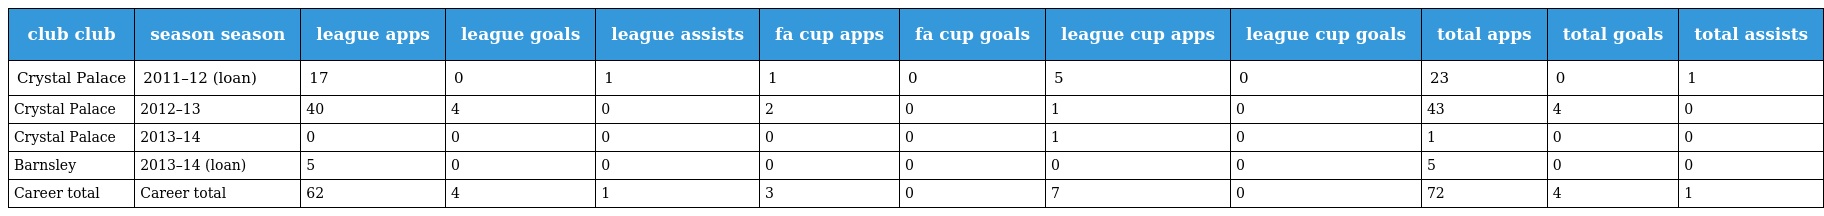
| club club | season season | league apps | league goals | league assists | fa cup apps | fa cup goals | league cup apps | league cup goals | total apps | total goals | total assists |
 | --- | --- | --- | --- | --- | --- | --- | --- | --- | --- | --- | --- |
 | Crystal Palace | 2011–12 (loan) | 17 | 0 | 1 | 1 | 0 | 5 | 0 | 23 | 0 | 1 |
 | Crystal Palace | 2012–13 | 40 | 4 | 0 | 2 | 0 | 1 | 0 | 43 | 4 | 0 |
 | Crystal Palace | 2013–14 | 0 | 0 | 0 | 0 | 0 | 1 | 0 | 1 | 0 | 0 |
 | Barnsley | 2013–14 (loan) | 5 | 0 | 0 | 0 | 0 | 0 | 0 | 5 | 0 | 0 |
 | Career total | Career total | 62 | 4 | 1 | 3 | 0 | 7 | 0 | 72 | 4 | 1 |